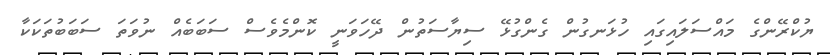
ޔުކްރޭންގެ މައްސަލައިގައި ހުޅަނގުން ގެންގުޅޭ ސިޔާސަތުން ދޭހަވަނީ ކޮންމެވެސް ސަބަބެއް ނުވަތަ ސަބަބުތަކަކާ